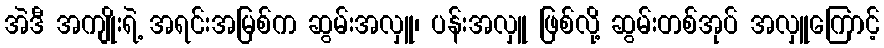
အဲဒီ အကျိုးရဲ့ အရင်းအမြစ်က ဆွမ်းအလှူ၊ ပန်းအလှူ ဖြစ်လို့ ဆွမ်းတစ်အုပ် အလှူကြောင့်